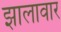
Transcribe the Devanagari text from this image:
झालावार